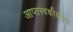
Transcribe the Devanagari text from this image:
आप्तस्वकीयांच्या